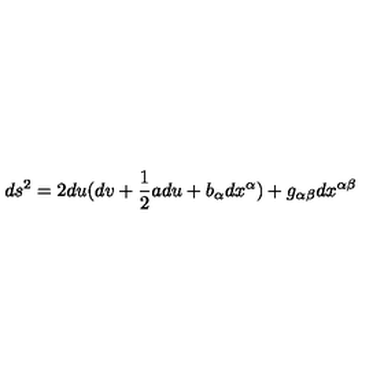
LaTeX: d s ^ { 2 } = 2 d u ( d v + \frac { 1 } { 2 } a d u + b _ { \alpha } d x ^ { \alpha } ) + g _ { \alpha \beta } d x ^ { \alpha \beta }